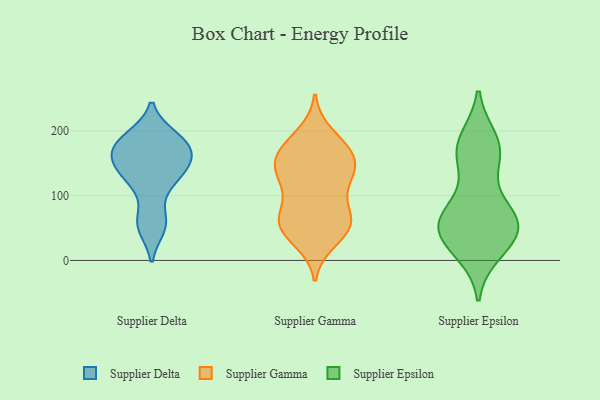
{"axis": {"x": "Market Share (%)", "y": "Value"}, "legend": ["Supplier Delta", "Supplier Epsilon", "Supplier Gamma"], "data": [{"x": "", "y": 175, "type": "Supplier Delta"}, {"x": "", "y": 187, "type": "Supplier Delta"}, {"x": "", "y": 165, "type": "Supplier Delta"}, {"x": "", "y": 151, "type": "Supplier Delta"}, {"x": "", "y": 63, "type": "Supplier Delta"}, {"x": "", "y": 153, "type": "Supplier Delta"}, {"x": "", "y": 191, "type": "Supplier Delta"}, {"x": "", "y": 122, "type": "Supplier Delta"}, {"x": "", "y": 127, "type": "Supplier Delta"}, {"x": "", "y": 51, "type": "Supplier Delta"}, {"x": "", "y": 119, "type": "Supplier Gamma"}, {"x": "", "y": 173, "type": "Supplier Gamma"}, {"x": "", "y": 64, "type": "Supplier Gamma"}, {"x": "", "y": 174, "type": "Supplier Gamma"}, {"x": "", "y": 62, "type": "Supplier Gamma"}, {"x": "", "y": 62, "type": "Supplier Gamma"}, {"x": "", "y": 40, "type": "Supplier Gamma"}, {"x": "", "y": 31, "type": "Supplier Gamma"}, {"x": "", "y": 76, "type": "Supplier Gamma"}, {"x": "", "y": 59, "type": "Supplier Gamma"}, {"x": "", "y": 132, "type": "Supplier Gamma"}, {"x": "", "y": 194, "type": "Supplier Gamma"}, {"x": "", "y": 135, "type": "Supplier Gamma"}, {"x": "", "y": 143, "type": "Supplier Gamma"}, {"x": "", "y": 164, "type": "Supplier Gamma"}, {"x": "", "y": 167, "type": "Supplier Gamma"}, {"x": "", "y": 147, "type": "Supplier Gamma"}, {"x": "", "y": 52, "type": "Supplier Gamma"}, {"x": "", "y": 118, "type": "Supplier Gamma"}, {"x": "", "y": 26, "type": "Supplier Epsilon"}, {"x": "", "y": 178, "type": "Supplier Epsilon"}, {"x": "", "y": 74, "type": "Supplier Epsilon"}, {"x": "", "y": 147, "type": "Supplier Epsilon"}, {"x": "", "y": 176, "type": "Supplier Epsilon"}, {"x": "", "y": 59, "type": "Supplier Epsilon"}, {"x": "", "y": 62, "type": "Supplier Epsilon"}, {"x": "", "y": 70, "type": "Supplier Epsilon"}, {"x": "", "y": 14, "type": "Supplier Epsilon"}, {"x": "", "y": 28, "type": "Supplier Epsilon"}, {"x": "", "y": 65, "type": "Supplier Epsilon"}, {"x": "", "y": 50, "type": "Supplier Epsilon"}, {"x": "", "y": 185, "type": "Supplier Epsilon"}, {"x": "", "y": 161, "type": "Supplier Epsilon"}, {"x": "", "y": 45, "type": "Supplier Epsilon"}]}